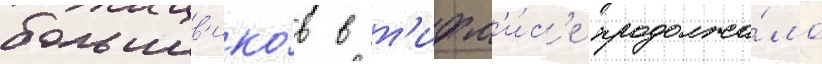
большев'ико́в в т'ифл'и́с'е продолжа́ло